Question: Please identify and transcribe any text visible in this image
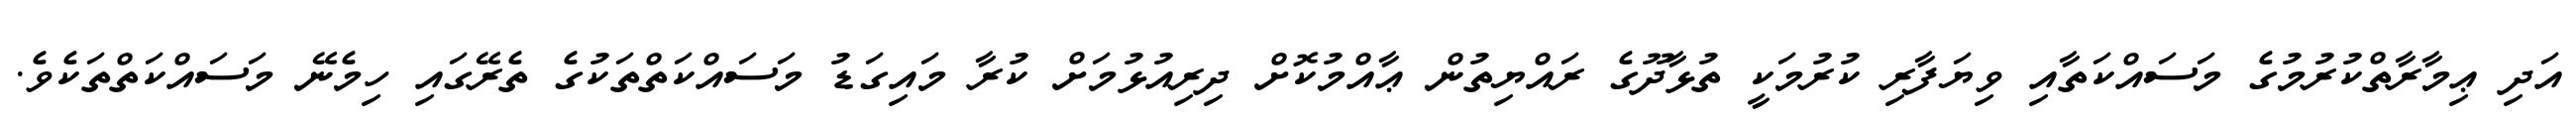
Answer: އަދި ޢިމާރާތްކުރުމުގެ މަސައްކަތާއި ވިޔަފާރި ކުރުމަކީ ތުޅާދޫގެ ރައްޔިތުން ޢާއްމުކޮށް ދިރިއުޅުމަށް ކުރާ މައިގަޑު މަސައްކަތްތަކުގެ ތެރޭގައި ހިމެނޭ މަސައްކަތްތަކެވެ.